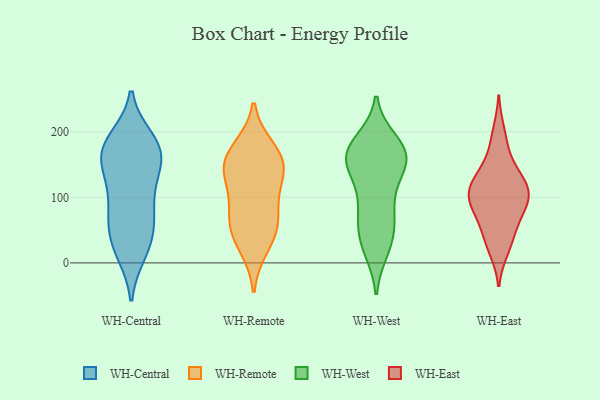
{"axis": {"x": "Tickets Resolved", "y": "Value"}, "legend": ["WH-Central", "WH-East", "WH-Remote", "WH-West"], "data": [{"x": "", "y": 128, "type": "WH-Central"}, {"x": "", "y": 49, "type": "WH-Central"}, {"x": "", "y": 189, "type": "WH-Central"}, {"x": "", "y": 172, "type": "WH-Central"}, {"x": "", "y": 15, "type": "WH-Central"}, {"x": "", "y": 180, "type": "WH-Central"}, {"x": "", "y": 68, "type": "WH-Central"}, {"x": "", "y": 165, "type": "WH-Central"}, {"x": "", "y": 167, "type": "WH-Central"}, {"x": "", "y": 147, "type": "WH-Central"}, {"x": "", "y": 17, "type": "WH-Central"}, {"x": "", "y": 165, "type": "WH-Central"}, {"x": "", "y": 189, "type": "WH-Central"}, {"x": "", "y": 26, "type": "WH-Central"}, {"x": "", "y": 90, "type": "WH-Central"}, {"x": "", "y": 53, "type": "WH-Central"}, {"x": "", "y": 105, "type": "WH-Central"}, {"x": "", "y": 136, "type": "WH-Central"}, {"x": "", "y": 75, "type": "WH-Central"}, {"x": "", "y": 140, "type": "WH-Remote"}, {"x": "", "y": 103, "type": "WH-Remote"}, {"x": "", "y": 156, "type": "WH-Remote"}, {"x": "", "y": 71, "type": "WH-Remote"}, {"x": "", "y": 158, "type": "WH-Remote"}, {"x": "", "y": 60, "type": "WH-Remote"}, {"x": "", "y": 173, "type": "WH-Remote"}, {"x": "", "y": 137, "type": "WH-Remote"}, {"x": "", "y": 26, "type": "WH-Remote"}, {"x": "", "y": 49, "type": "WH-Remote"}, {"x": "", "y": 174, "type": "WH-West"}, {"x": "", "y": 21, "type": "WH-West"}, {"x": "", "y": 157, "type": "WH-West"}, {"x": "", "y": 164, "type": "WH-West"}, {"x": "", "y": 178, "type": "WH-West"}, {"x": "", "y": 169, "type": "WH-West"}, {"x": "", "y": 156, "type": "WH-West"}, {"x": "", "y": 33, "type": "WH-West"}, {"x": "", "y": 155, "type": "WH-West"}, {"x": "", "y": 74, "type": "WH-West"}, {"x": "", "y": 103, "type": "WH-West"}, {"x": "", "y": 185, "type": "WH-West"}, {"x": "", "y": 62, "type": "WH-West"}, {"x": "", "y": 99, "type": "WH-West"}, {"x": "", "y": 26, "type": "WH-West"}, {"x": "", "y": 141, "type": "WH-West"}, {"x": "", "y": 58, "type": "WH-West"}, {"x": "", "y": 152, "type": "WH-West"}, {"x": "", "y": 88, "type": "WH-East"}, {"x": "", "y": 104, "type": "WH-East"}, {"x": "", "y": 199, "type": "WH-East"}, {"x": "", "y": 98, "type": "WH-East"}, {"x": "", "y": 148, "type": "WH-East"}, {"x": "", "y": 63, "type": "WH-East"}, {"x": "", "y": 37, "type": "WH-East"}, {"x": "", "y": 21, "type": "WH-East"}, {"x": "", "y": 129, "type": "WH-East"}, {"x": "", "y": 83, "type": "WH-East"}, {"x": "", "y": 65, "type": "WH-East"}, {"x": "", "y": 129, "type": "WH-East"}, {"x": "", "y": 104, "type": "WH-East"}, {"x": "", "y": 124, "type": "WH-East"}, {"x": "", "y": 108, "type": "WH-East"}, {"x": "", "y": 29, "type": "WH-East"}, {"x": "", "y": 106, "type": "WH-East"}, {"x": "", "y": 179, "type": "WH-East"}]}